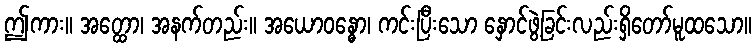
ဤကား။ အတ္ထော၊ အနက်တည်း။ အယောဝန္ဓော၊ ကင်းပြီးသော နှောင်ဖွဲ့ခြင်းလည်းရှိတော်မူထသော။